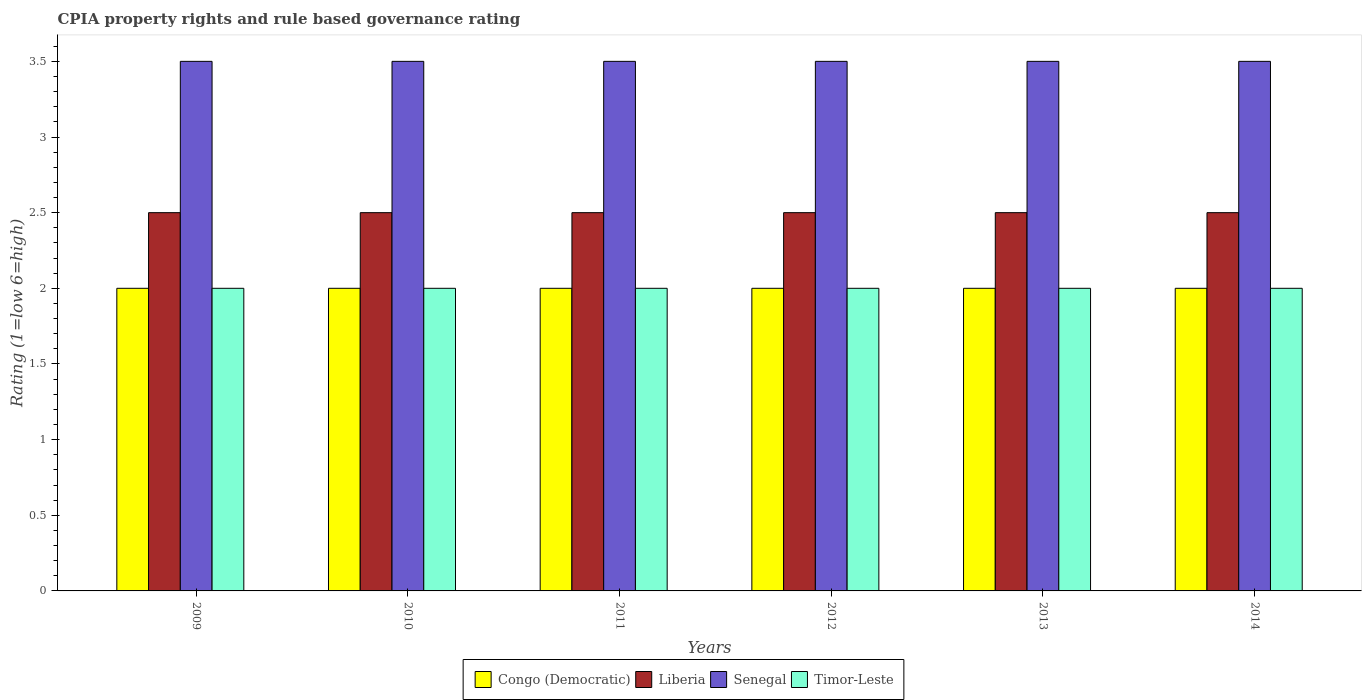
| Years | Congo (Democratic) | Liberia | Senegal | Timor-Leste |
 | --- | --- | --- | --- | --- |
 | 2009 | 2 | 2.5 | 3.5 | 2 |
 | 2010 | 2 | 2.5 | 3.5 | 2 |
 | 2011 | 2 | 2.5 | 3.5 | 2 |
 | 2012 | 2 | 2.5 | 3.5 | 2 |
 | 2013 | 2 | 2.5 | 3.5 | 2 |
 | 2014 | 2 | 2.5 | 3.5 | 2 |